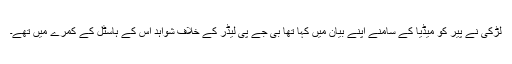
لڑکی نے پیر کو میڈیا کے سامنے اپنے بیان میں کہا تھا بی جے پی لیڈر کے خلاف شواہد اس کے ہاسٹل کے کمرے میں تھے۔